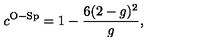
c ^ { \mathrm { O - S p } } = 1 - \frac { 6 ( 2 - g ) ^ { 2 } } { g } ,